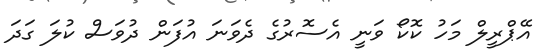
އޭޕްރީލް މަހު ކޮކޯ ވަނީ އެސޮރުގެ ދެވަނަ އުފަން ދުވަސް ކުލަ ގަދަ